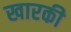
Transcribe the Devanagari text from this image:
खारकी